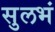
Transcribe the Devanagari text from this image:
सुलभं